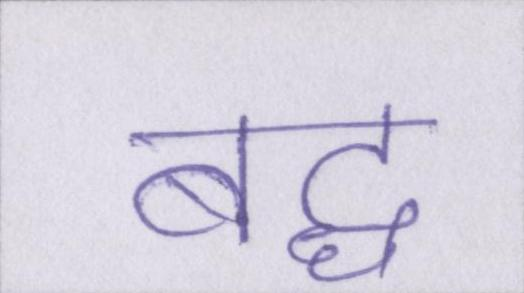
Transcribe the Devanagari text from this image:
बद्ध